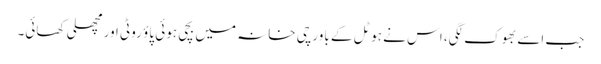
جب اسے بھوک لگی، اس نے ہوٹل کے باورچی خانہ میں بچی ہوئی پاؤ روٹی اور مچھلی کھائی۔